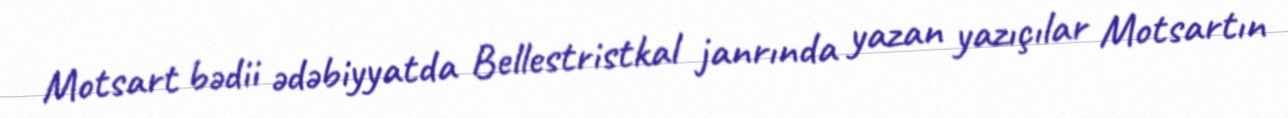
Motsart bədii ədəbiyyatda Bellestristkal janrında yazan yazıçılar Motsartın